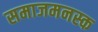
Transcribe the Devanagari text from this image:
समाजमनस्क